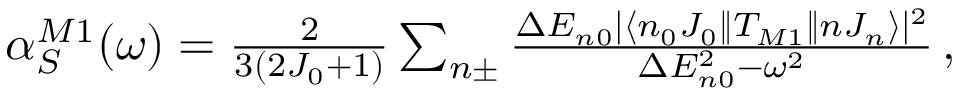
\begin{array} { r } { \alpha _ { S } ^ { M 1 } ( \omega ) = \frac { 2 } { 3 ( 2 J _ { 0 } + 1 ) } \sum _ { n \pm } \frac { \Delta E _ { n 0 } | \langle n _ { 0 } J _ { 0 } \| T _ { M 1 } \| n J _ { n } \rangle | ^ { 2 } } { \Delta E _ { n 0 } ^ { 2 } - \omega ^ { 2 } } \, , } \end{array}